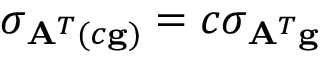
\sigma _ { \mathbf { A } ^ { T } ( c \mathbf { g } ) } = c \sigma _ { \mathbf { A } ^ { T } \mathbf { g } }